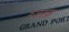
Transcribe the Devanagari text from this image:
रज़ाक़